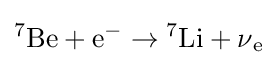
{^{7}}{\text{Be}}+{\text{e}}^{-}\to {^{7}}{\text{Li}}+\operatorname {\nu } _{\text{e}}